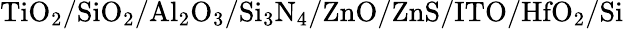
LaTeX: \mathrm{TiO_{2}/SiO_{2}/Al_{2}O_{3}/Si_{3}N_{4}/ZnO/ZnS/ITO/HfO_{2}/Si}